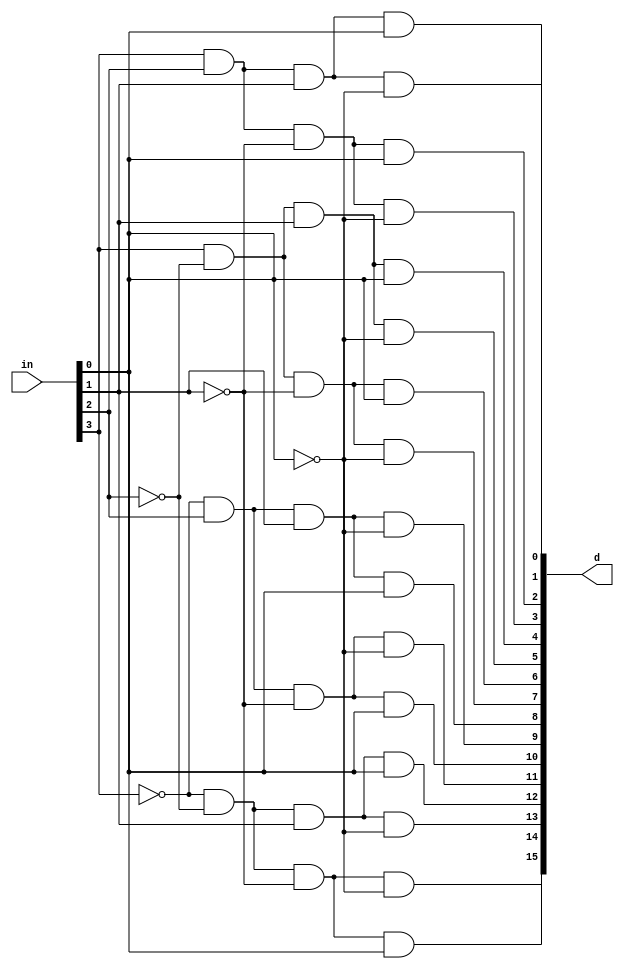
module decoder4to16(in,d);
   input [3:0] in;
   output [15:0] d;
   wire notx,noty,notz,notw;
   not(notx,in[3]);
   not(noty,in[2]);
   not(notz,in[1]);
   not(notw,in[0]);
   and(d[15],notx,noty,notz,notw);
   and(d[14],notx,noty,notz,in[0]);
   and(d[13],notx,noty,in[1],notw);
   and(d[12],notx,noty,in[1],in[0]);
   and(d[11],notx,in[2],notz,notw);
   and(d[10],notx,in[2],notz,in[0]);
   and(d[9],notx,in[2],in[1],notw);
   and(d[8],notx,in[2],in[1],in[0]);
   and(d[7],in[3],noty,notz,notw);
   and(d[6],in[3],noty,notz,in[0]);
   and(d[5],in[3],noty,in[1],notw);
   and(d[4],in[3],noty,in[1],in[0]);
   and(d[3],in[3],in[2],notz,notw);
   and(d[2],in[3],in[2],notz,in[0]);
   and(d[1],in[3],in[2],in[1],notw);
   and(d[0],in[3],in[2],in[1],in[0]);
endmodule

module testbenchDecoder4to16;
   reg [3:0] x;
   wire [15:0] d;
   decoder4to16 dec0(x,d);
   initial
      x=1'b0;
   always
      #10 x<=x+1;
endmodule

module sqr(in,d);
   input [3:0] in;
   output [7:0] d;
   wire notx,noty,notz,notw,v1,v2,v3,v4,v5,v6,v7,v8;
   not(notx,in[3]);
   not(noty,in[2]);
   not(notz,in[1]);
   not(notw,in[0]);
   //ipologismos tou d[7]
   and(d[7],in[3],in[2]);
   //ipologismos tou d[6]
   or(v1,noty,in[1]);
   and(d[6],in[3],v1);
   //ipologismos tou d[5]
   and(v2,notx,in[2],in[1]);
   and(v3,in[3],in[2],in[0]);
   and(v4,in[3],noty,in[1]);
   or(d[5],v2,v3,v4);
   //ipologismos tou d[4]
   and(v5,notx,in[2],in[0]);
   and(v6,in[2],notz,notw);
   and(v7,in[3],noty,in[0]);
   or(d[4],v5,v6,v7);
   //ipologismos tou d[3]
   xor(v8,in[1],in[2]);
   and(d[3],in[0],v8);
   //ipologismos tou d[2]
   and(d[2],notw,in[1]);
   //ipologismos tou d[1]
   buf(d[1],1'b0);
   //ipologismos tou d[0]
   buf(d[0],in[0]);
endmodule

module testbenchSqr;
   reg [3:0] x;
   wire [7:0] d;
   sqr sqr0(x,d);
   initial 
      x=4'b0;
   always
      #10 x<=x+1;
endmodule